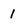
Character: 1